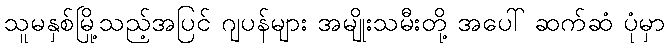
သူမနှစ်မြို့သည့်အပြင် ဂျပန်များ အမျိုးသမီးတို့ အပေါ် ဆက်ဆံ ပုံမှာ